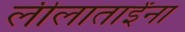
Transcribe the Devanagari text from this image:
लीलाताईंना